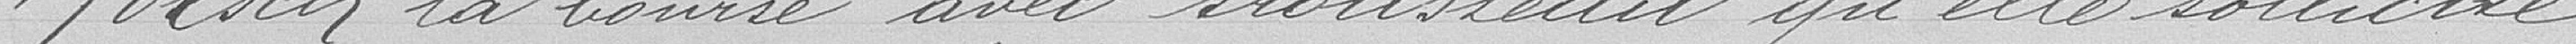
Roesch la bourse avec trousseau qu'elle sollicite